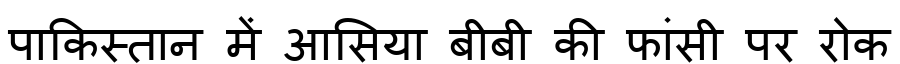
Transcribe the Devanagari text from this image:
पाकिस्तान में आसिया बीबी की फांसी पर रोक